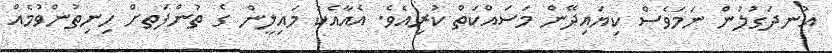
އުނދަގުލުން ނަމަވެސް ކިޔައިދޭން މަސައްކަތް ކުރިއެވެ. އެއާއެކު މައިލީން ގެ ތުންފަތށް ހިނިތުންވުމެއް